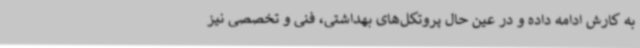
به کارش ادامه داده و در عین حال پروتکل‌های بهداشتی، فنی و تخصصی نیز